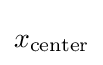
x_{\textrm {center}}